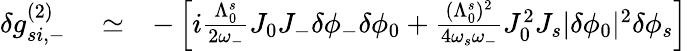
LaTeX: \begin{array}{rlr}{\delta g_{si,-}^{(2)}}&{{}\simeq}&{-\left[i\frac{\Lambda_{0}^{s}}{2\omega_{-}}J_{0}J_{-}\delta\phi_{-}\delta\phi_{0}+\frac{(\Lambda_{0}^{s})^{2}}{4\omega_{s}\omega_{-}}J_{0}^{2}J_{s}|\delta\phi_{0}|^{2}\delta\phi_{s}\right]}\end{array}